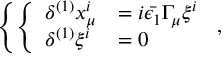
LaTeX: \left\{ \left\{ \begin{array} { l l } { { \delta ^ { ( 1 ) } x _ { \mu } ^ { i } } } & { { = i \bar { \epsilon _ { 1 } } \Gamma _ { \mu } \xi ^ { i } } } \\ { { \delta ^ { ( 1 ) } \xi ^ { i } } } & { { = 0 } } \end{array} \right. \right. ,